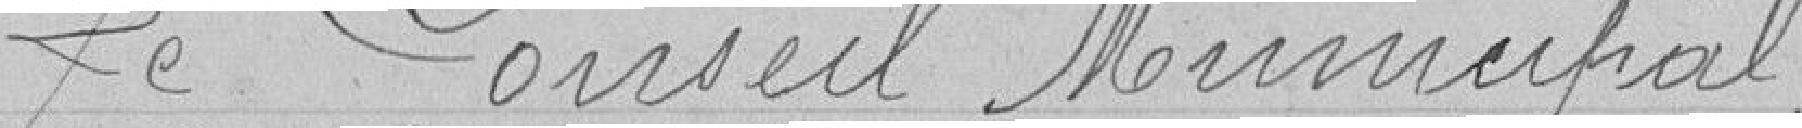
Le Conseil Municipal